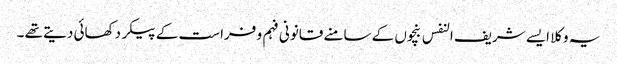
یہ وکلا ایسے شریف النفس بنچوں کے سامنے قانونی فہم و فراست کے پیکر دکھائی دیتے تھے ۔